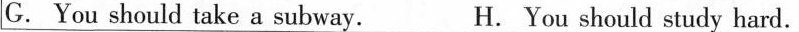
G.You should take a subway. H. You should study hard.